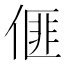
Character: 𠌨